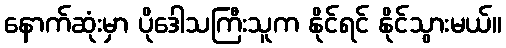
နောက်ဆုံးမှာ ပိုဒေါသကြီးသူက နိုင်ရင် နိုင်သွားမယ်။